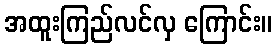
အထူးကြည်လင်လှ ကြောင်း။